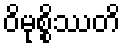
ဝိမုစ္စိဿတိ